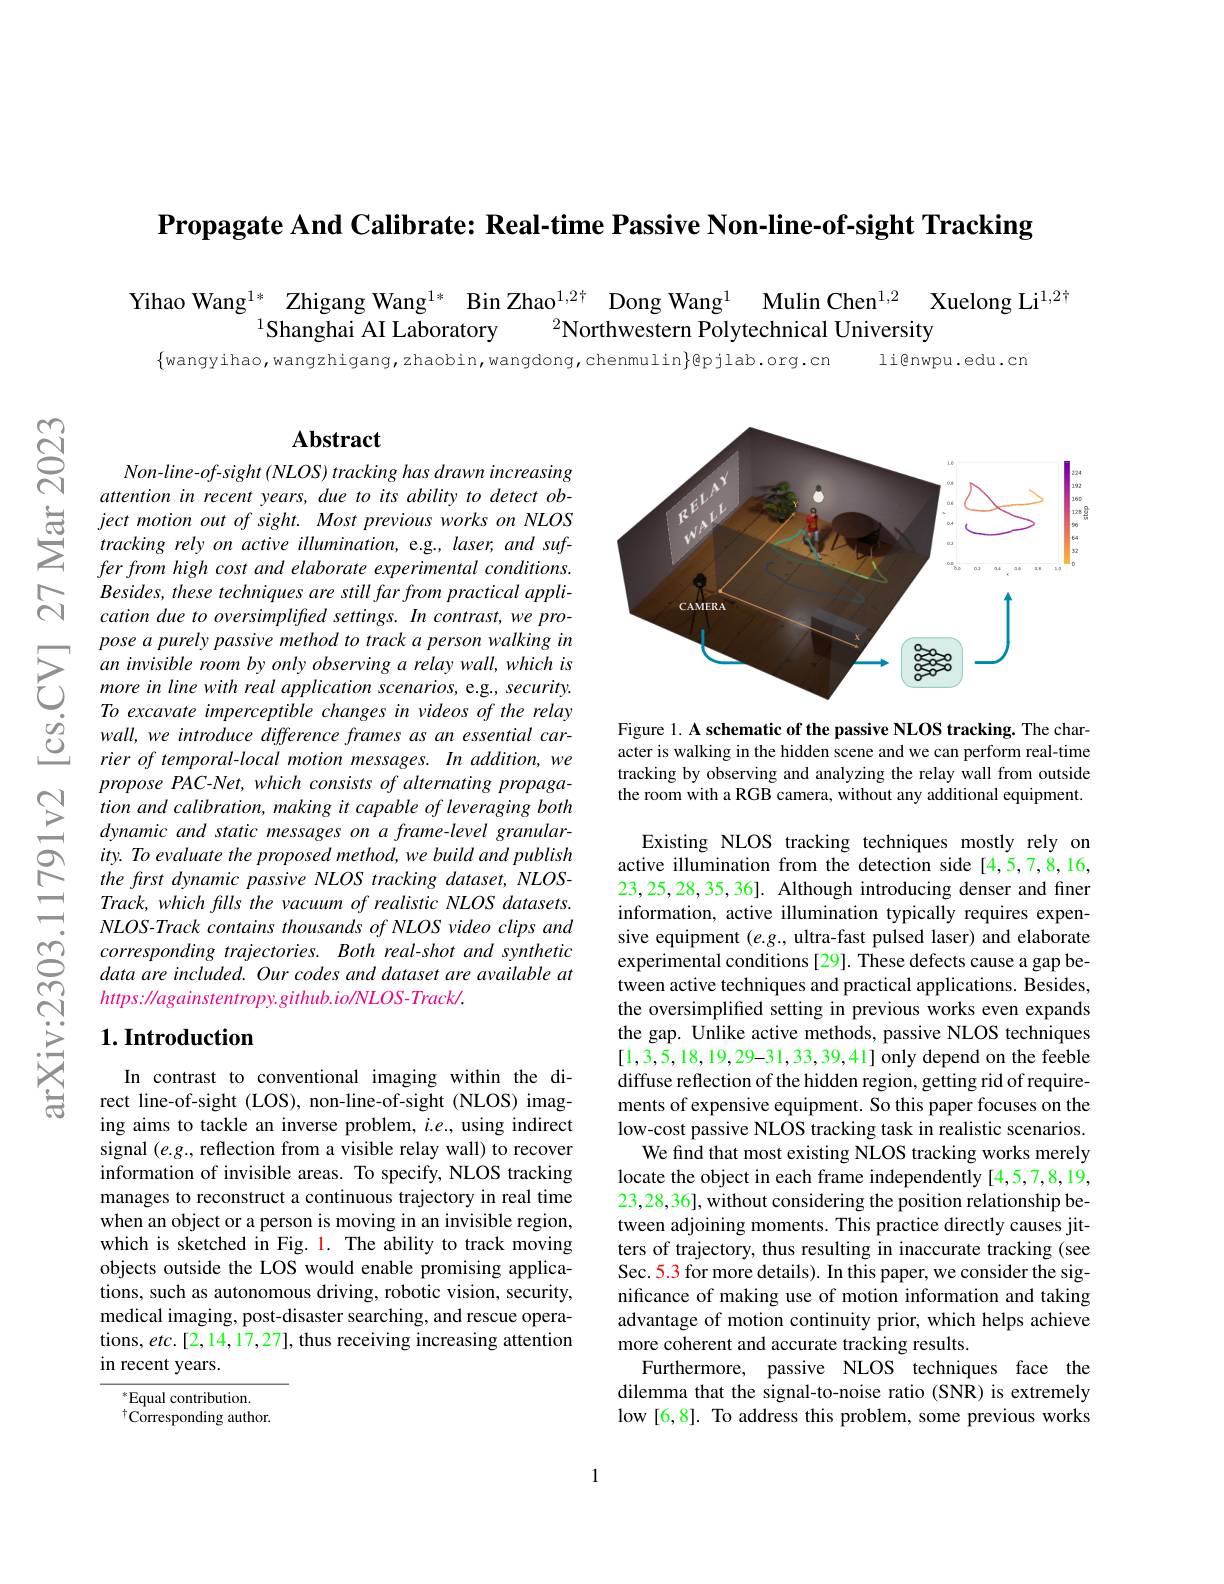
$\textbf{Propagate And Calibrate: Real- time Passive Non- line- of- sight Tracking}$

Yihao Wang$^{1*}$ Zhigang Wang$^{1*}$ Bin Zhao$^{1,2\dagger}$ Dong Wang$^{1,2}$ Mulin Chen$^{1,2}$ Xuelong Li$^{1,2\dagger}$
$^{1}$Shanghai AI Laboratory
$^{2}$Northwestern Polytechnical University
$\{$wangyihao,wangzhigang,zhaobin,wangdong,chenmulin$\}$@pjlab.org.cn
li@nwpu.edu.cn

$ଟ୍ରି$

## $\mathbf{Abstract}$

Non-line-of-sight (NLOS) tracking has drawn increasing attention in recent years, due to its ability to detect ob-
Besides, these techniques are still far from practical application due to oversimplifted settings. In contrast, we propose a purely passive method to track a person walking in an invisible room by only observing a relay wall, which is more in line with real application scenarios, e.g., security. To excavate imperceptible changes in videos of the relay wall, we introduce difference frames as an essential carrier of temporal-local motion messages. In addition, we propose PAC-Net, which consists of alternating propagation and calibration, making it capable of leveraging both dynamic and static messages on a frame-level granularity. To evaluate the proposed method, we build and publish the frst dynamic passive NLOS tracking dataset, NLOSTrack, which fills the vacuum of realistic NLOS datasets. $NLOS- Track\textit{ contains thousands of NLOS video clips and}$ corresponding trajectories. Both real-shot and synthetic data are included. Our codes and dataset are available at https: Magainstentropy. github. io/NLOS- Track/ .

## $1. \textbf{Introduction}$

In contrast to conventional imaging within the direct line-of-sight (LOS), non-line-of-sight (NLOS) imaging aims to tackle an inverse problem, $i.e.$, using indirect signal $(e.g.$, reflection from a visible relay wall) to recover information of invisible areas. To specify, NLOS tracking manages to reconstruct a continuous trajectory in real time when an object or a person is moving in an invisible region, which is sketched in Fig. 1. The ability to track moving objects outside the LOS would enable promising applications, such as autonomous driving, robotic vision, security, medical imaging, post-disaster searching, and rescue operations, etc. [2, 14, 17, 27], thus receiving increasing attention in recent years.

$^*$Equal contribution.
$^{\dagger}{\mathrm{Corresponding~author.}}$

<FigureHere>

Figure 1. A schematic of the passive NLOS tracking. The character is walking in the hidden scene and we can perform real-time tracking by observing and analyzing the relay wall from outside the room with a RGB camera, without any additional equipment.

Existing NLOS tracking techniques mostly rely on active illumination from the detection side [4,5,7,8,16, 23,25,28,35,36]. Although introducing denser and finer information, active illumination typically requires expensive equipment $(e.g.$, ultra-fast pulsed laser) and elaborate experimental conditions [29]. These defects cause a gap between active techniques and practical applications. Besides, the oversimplified setting in previous works even expands the gap. Unlike active methods, passive NLOS techniques [1,3,5,18,19,29-31,33,39,41] only depend on the feeble diffuse reflection of the hidden region, getting rid of requirements of expensive equipment. So this paper focuses on the low-cost passive NLOS tracking task in realistic scenarios.
We find that most existing NLOS tracking works merely locate the object in each frame independently [4,5,7,8,19, 23,28,36], without considering the position relationship between adjoining moments. This practice directly causes jitters of trajectory, thus resulting in inaccurate tracking (see Sec. 5.3 for more details). In this paper, we consider the significance of making use of motion information and taking advantage of motion continuity prior, which helps achieve more coherent and accurate tracking results
Furthermore, passive NLOS techniques face the dilemma that the signal-to-noise ratio (SNR) is extremely low [6,8]. To address this problem, some previous works

1